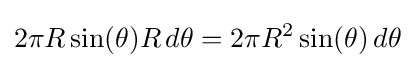
2\pi R\sin(\theta )R\,d\theta =2\pi R^{2}\sin(\theta )\,d\theta